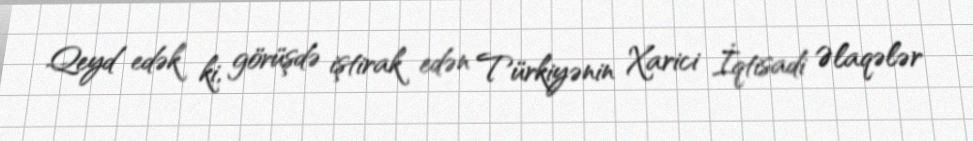
Qeyd edək ki, görüşdə iştirak edən Türkiyənin Xarici İqtisadi Əlaqələr